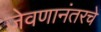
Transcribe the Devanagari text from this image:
जेवणानंतरचे